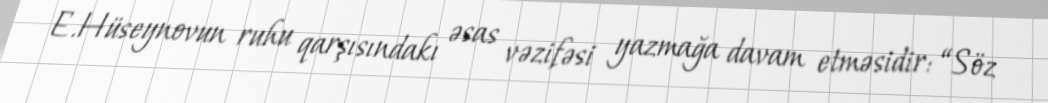
E.Hüseynovun ruhu qarşısındakı əsas vəzifəsi yazmağa davam etməsidir: “Söz